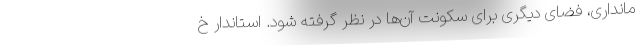
مانداری، فضای دیگری برای سکونت آن‌ها در نظر گرفته شود. استاندار خ